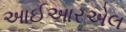
આઈઆરએલ